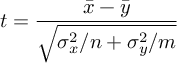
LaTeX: t = { \frac { { \bar { x } } - { \bar { y } } } { \sqrt { \sigma _ { x } ^ { 2 } / n + \sigma _ { y } ^ { 2 } / m } } }